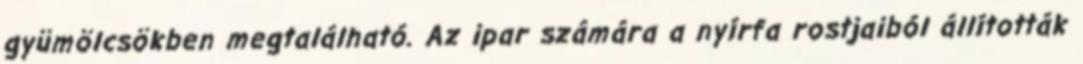
gyümölcsökben megtalálható. Az ipar számára a nyírfa rostjaiból állították